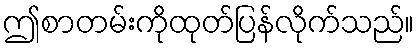
ဤစာတမ်းကိုထုတ်ပြန်လိုက်သည်။